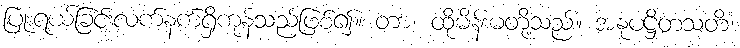
ပြုံးရယ်ခြင်းလက်နက်ရှိကုန်သည်ဖြစ်၍။ တာ၊ ထိုမိန်းမတို့သည်။ အနုပဋ္ဌိတသတိံ၊